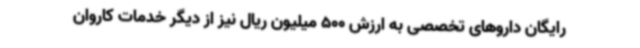
رایگان داروهای تخصصی به ارزش 500 میلیون ریال نیز از دیگر خدمات کاروان